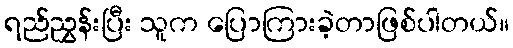
ရည်ညွှန်းပြီး သူက ပြောကြားခဲ့တာဖြစ်ပါတယ်။